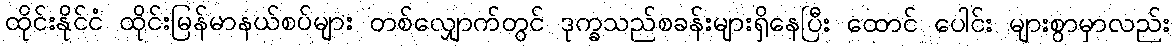
ထိုင်းနိုင်ငံ ထိုင်းမြန်မာနယ်စပ်များ တစ်လျှောက်တွင် ဒုက္ခသည်စခန်းများရှိနေပြီး ထောင် ပေါင်း များစွာမှာလည်း